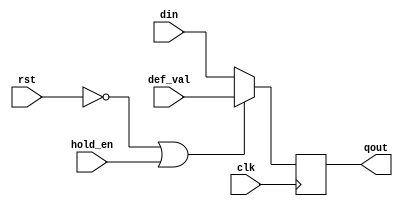
// 
module gen_pipe_dff #(parameter DW = 32)(
    input wire clk,
    input wire rst,
    input wire hold_en,
    input wire[DW-1:0] def_val,
    input wire[DW-1:0] din,
    
    output wire[DW-1:0] qout
    );

    reg[DW-1:0] qout_r;

    always @ (posedge clk) begin
        if (!rst | hold_en) begin
            qout_r <= def_val;
        end else begin
            qout_r <= din;
        end
    end

    assign qout = qout_r;

endmodule